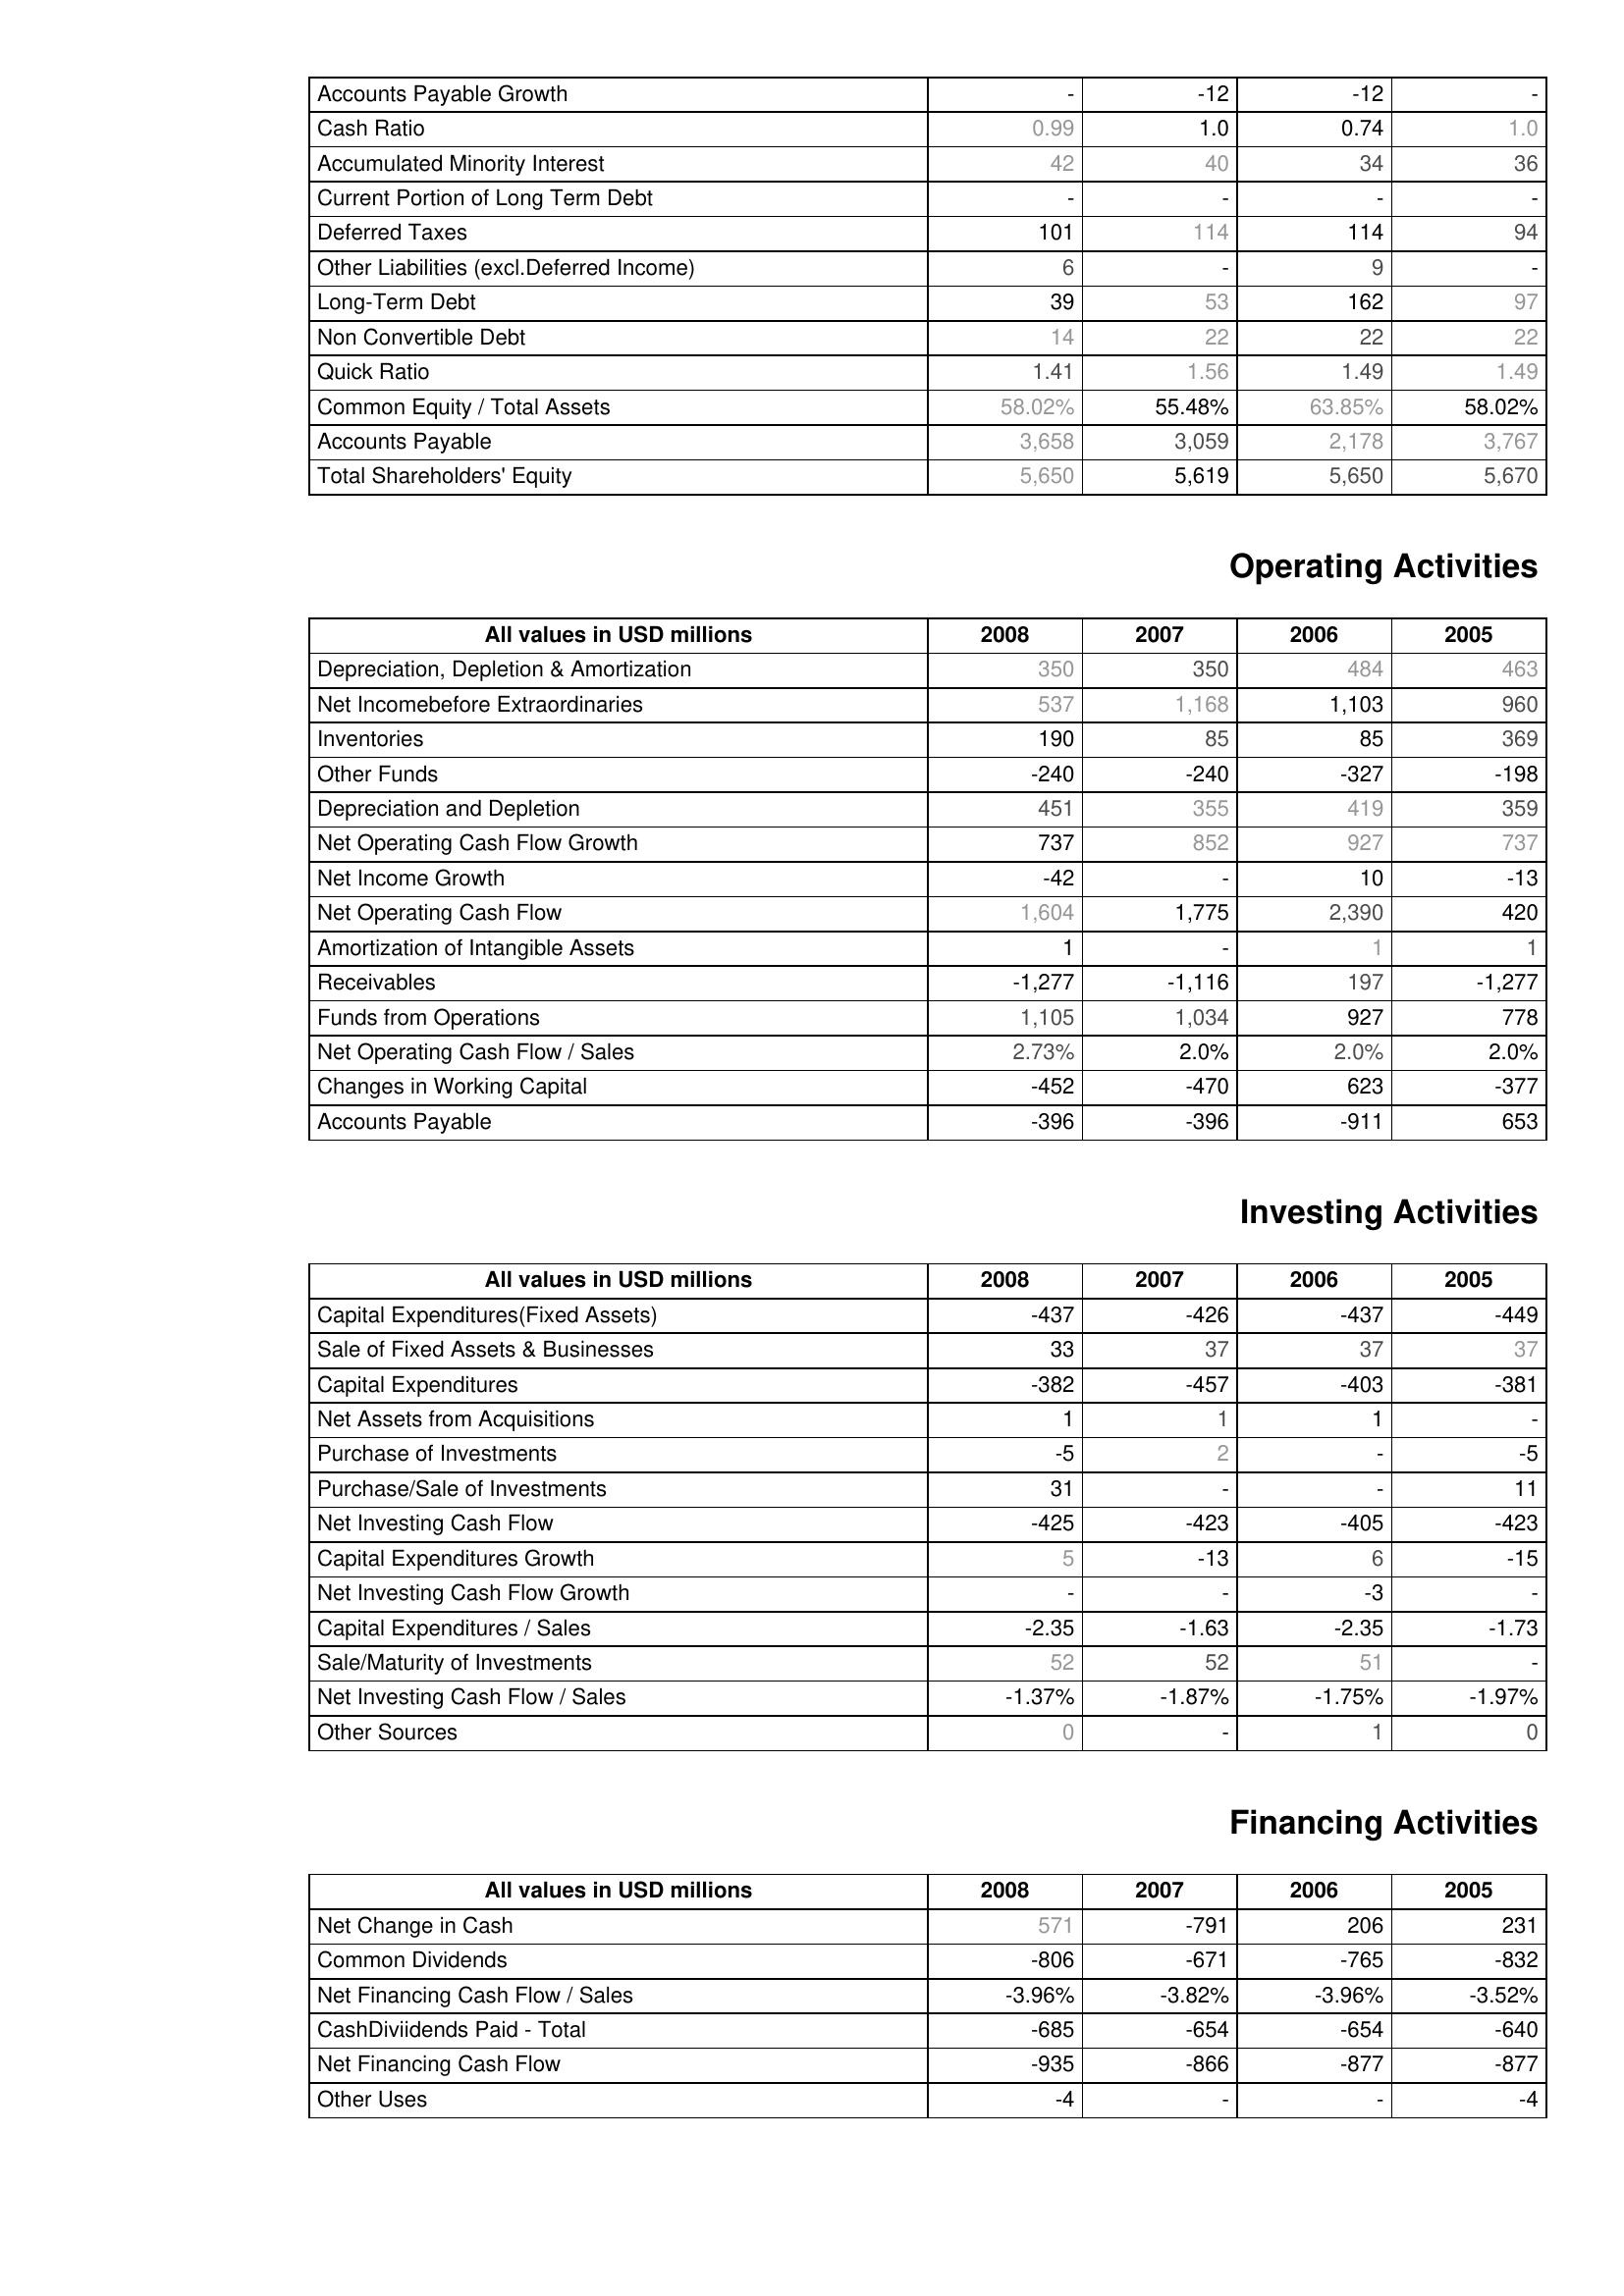
2008: Liabilities & Shareholder's Equity: Accounts Payable Growth: -
Cash Ratio: 0.99
Accumulated Minority Interest: 42
Current Portion of Long Term Debt: -
Deferred Taxes: 101
Other Liabilities (excl.Deferred Income): 6
Long-Term Debt: 39
Non Convertible Debt: 14
Quick Ratio: 1.41
Common Equity / Total Assets: 58.02%
Accounts Payable: 3,658
Total Shareholders' Equity: 5,650
Operating Activities: Depreciation, Depletion & Amortization: 350
Net Incomebefore Extraordinaries: 537
Inventories: 190
Other Funds: -240
Depreciation and Depletion: 451
Net Operating Cash Flow Growth: 737
Net Income Growth: -42
Net Operating Cash Flow: 1,604
Amortization of Intangible Assets: 1
Receivables: -1,277
Funds from Operations: 1,105
Net Operating Cash Flow / Sales: 2.73%
Changes in Working Capital: -452
Accounts Payable: -396
Investing Activities: Capital Expenditures(Fixed Assets): -437
Sale of Fixed Assets & Businesses: 33
Capital Expenditures: -382
Net Assets from Acquisitions: 1
Purchase of Investments: -5
Purchase/Sale of Investments: 31
Net Investing Cash Flow: -425
Capital Expenditures Growth: 5
Net Investing Cash Flow Growth: -
Capital Expenditures / Sales: -2.35
Sale/Maturity of Investments: 52
Net Investing Cash Flow / Sales: -1.37%
Other Sources: 0
Financing Activities: Net Change in Cash: 571
Common Dividends: -806
Net Financing Cash Flow / Sales: -3.96%
CashDiviidends Paid - Total: -685
Net Financing Cash Flow: -935
Other Uses: -4
2007: Liabilities & Shareholder's Equity: Accounts Payable Growth: -12
Cash Ratio: 1.0
Accumulated Minority Interest: 40
Current Portion of Long Term Debt: -
Deferred Taxes: 114
Other Liabilities (excl.Deferred Income): -
Long-Term Debt: 53
Non Convertible Debt: 22
Quick Ratio: 1.56
Common Equity / Total Assets: 55.48%
Accounts Payable: 3,059
Total Shareholders' Equity: 5,619
Operating Activities: Depreciation, Depletion & Amortization: 350
Net Incomebefore Extraordinaries: 1,168
Inventories: 85
Other Funds: -240
Depreciation and Depletion: 355
Net Operating Cash Flow Growth: 852
Net Income Growth: -
Net Operating Cash Flow: 1,775
Amortization of Intangible Assets: -
Receivables: -1,116
Funds from Operations: 1,034
Net Operating Cash Flow / Sales: 2.0%
Changes in Working Capital: -470
Accounts Payable: -396
Investing Activities: Capital Expenditures(Fixed Assets): -426
Sale of Fixed Assets & Businesses: 37
Capital Expenditures: -457
Net Assets from Acquisitions: 1
Purchase of Investments: 2
Purchase/Sale of Investments: -
Net Investing Cash Flow: -423
Capital Expenditures Growth: -13
Net Investing Cash Flow Growth: -
Capital Expenditures / Sales: -1.63
Sale/Maturity of Investments: 52
Net Investing Cash Flow / Sales: -1.87%
Other Sources: -
Financing Activities: Net Change in Cash: -791
Common Dividends: -671
Net Financing Cash Flow / Sales: -3.82%
CashDiviidends Paid - Total: -654
Net Financing Cash Flow: -866
Other Uses: -
2006: Liabilities & Shareholder's Equity: Accounts Payable Growth: -12
Cash Ratio: 0.74
Accumulated Minority Interest: 34
Current Portion of Long Term Debt: -
Deferred Taxes: 114
Other Liabilities (excl.Deferred Income): 9
Long-Term Debt: 162
Non Convertible Debt: 22
Quick Ratio: 1.49
Common Equity / Total Assets: 63.85%
Accounts Payable: 2,178
Total Shareholders' Equity: 5,650
Operating Activities: Depreciation, Depletion & Amortization: 484
Net Incomebefore Extraordinaries: 1,103
Inventories: 85
Other Funds: -327
Depreciation and Depletion: 419
Net Operating Cash Flow Growth: 927
Net Income Growth: 10
Net Operating Cash Flow: 2,390
Amortization of Intangible Assets: 1
Receivables: 197
Funds from Operations: 927
Net Operating Cash Flow / Sales: 2.0%
Changes in Working Capital: 623
Accounts Payable: -911
Investing Activities: Capital Expenditures(Fixed Assets): -437
Sale of Fixed Assets & Businesses: 37
Capital Expenditures: -403
Net Assets from Acquisitions: 1
Purchase of Investments: -
Purchase/Sale of Investments: -
Net Investing Cash Flow: -405
Capital Expenditures Growth: 6
Net Investing Cash Flow Growth: -3
Capital Expenditures / Sales: -2.35
Sale/Maturity of Investments: 51
Net Investing Cash Flow / Sales: -1.75%
Other Sources: 1
Financing Activities: Net Change in Cash: 206
Common Dividends: -765
Net Financing Cash Flow / Sales: -3.96%
CashDiviidends Paid - Total: -654
Net Financing Cash Flow: -877
Other Uses: -
2005: Liabilities & Shareholder's Equity: Accounts Payable Growth: -
Cash Ratio: 1.0
Accumulated Minority Interest: 36
Current Portion of Long Term Debt: -
Deferred Taxes: 94
Other Liabilities (excl.Deferred Income): -
Long-Term Debt: 97
Non Convertible Debt: 22
Quick Ratio: 1.49
Common Equity / Total Assets: 58.02%
Accounts Payable: 3,767
Total Shareholders' Equity: 5,670
Operating Activities: Depreciation, Depletion & Amortization: 463
Net Incomebefore Extraordinaries: 960
Inventories: 369
Other Funds: -198
Depreciation and Depletion: 359
Net Operating Cash Flow Growth: 737
Net Income Growth: -13
Net Operating Cash Flow: 420
Amortization of Intangible Assets: 1
Receivables: -1,277
Funds from Operations: 778
Net Operating Cash Flow / Sales: 2.0%
Changes in Working Capital: -377
Accounts Payable: 653
Investing Activities: Capital Expenditures(Fixed Assets): -449
Sale of Fixed Assets & Businesses: 37
Capital Expenditures: -381
Net Assets from Acquisitions: -
Purchase of Investments: -5
Purchase/Sale of Investments: 11
Net Investing Cash Flow: -423
Capital Expenditures Growth: -15
Net Investing Cash Flow Growth: -
Capital Expenditures / Sales: -1.73
Sale/Maturity of Investments: -
Net Investing Cash Flow / Sales: -1.97%
Other Sources: 0
Financing Activities: Net Change in Cash: 231
Common Dividends: -832
Net Financing Cash Flow / Sales: -3.52%
CashDiviidends Paid - Total: -640
Net Financing Cash Flow: -877
Other Uses: -4